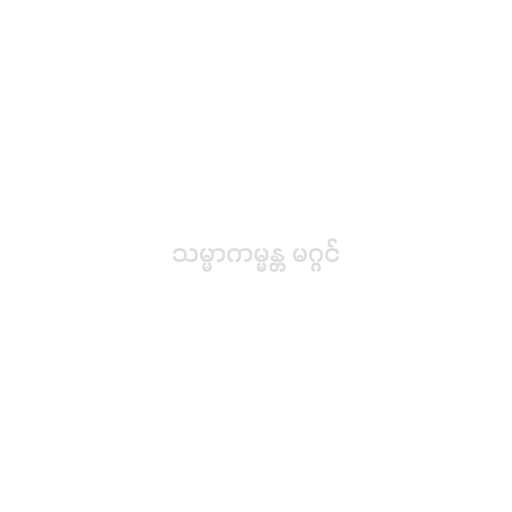
သမ္မာကမ္မန္တ မဂ္ဂင်